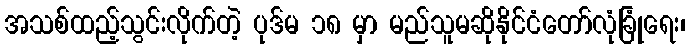
အသစ်ထည့်သွင်းလိုက်တဲ့ ပုဒ်မ ၁၈ မှာ မည်သူမဆိုနိုင်ငံတော်လုံခြုံရေး၊